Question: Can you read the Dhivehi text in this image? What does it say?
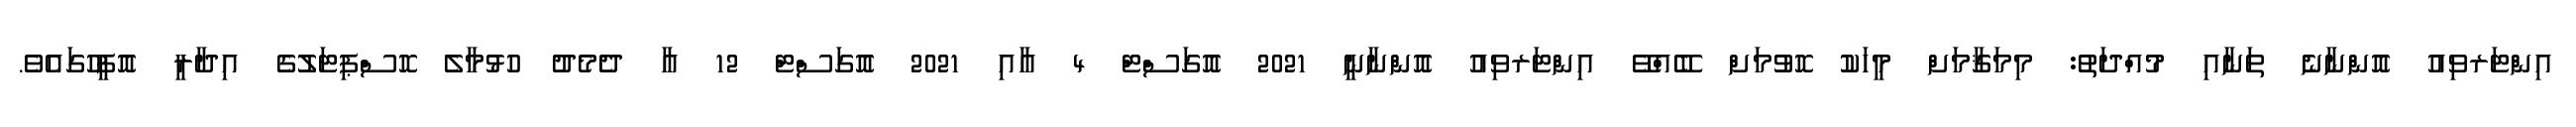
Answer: އިންޓަރވިއު އޮންނާނެ ތަނާއި މުއްދަތު: މިމަޤާމަށް މީހަކު ހޮވުމަށް ބޭއްވޭ އިންޓަރވިއު އޮންނާނީ 2021 އޮގަސްޓް 4 އާއި 2021 އޮގަސްޓް 12 އާ ދެމެދު ހުޅުމާލެ ހޮސްޕިޓަލުގެ އިދާރީ އޮފީހުގައެވެ.